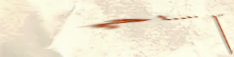
شارع عام